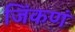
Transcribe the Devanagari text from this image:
जिंकणं